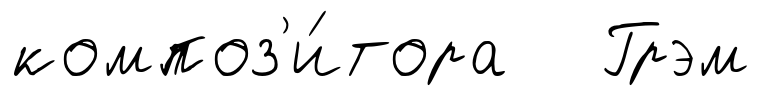
композ'и́тора Грэм